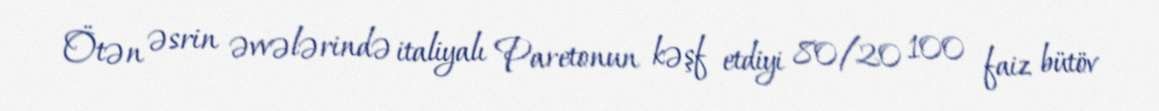
Ötən əsrin əvvələrində italiyalı Paretonun kəşf etdiyi 80/20 100 faiz bütöv